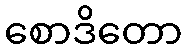
စောဒိတော